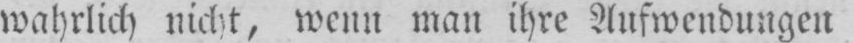
wahrlich nicht, wenn man ihre Aufwendungen